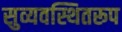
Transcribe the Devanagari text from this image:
सुव्यवस्थितरूप